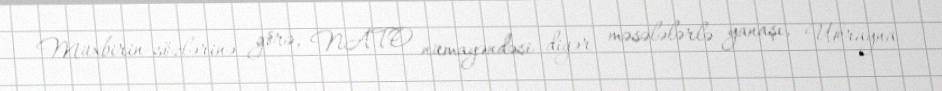
Müxbirin sözlərinə görə, NATO nümayəndəsi digər məsələlərlə yanaşı, Ukrayna